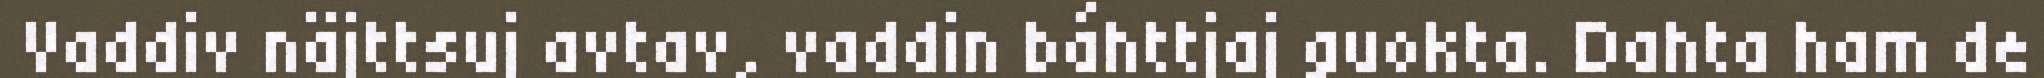
Vaddiv näjttsuj avtav, vaddin báhttjaj guokta. Dahta ham de